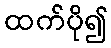
ထက်ပို၍